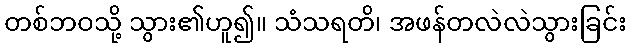
တစ်ဘဝသို့ သွား၏ဟူ၍။ သံသရတိ၊ အဖန်တလဲလဲသွားခြင်း